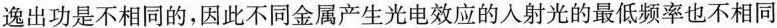
逸出功是不相同的，因此不同金属产生光电效应的入射光的最低频率也不相同